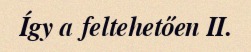
Így a feltehetően II.